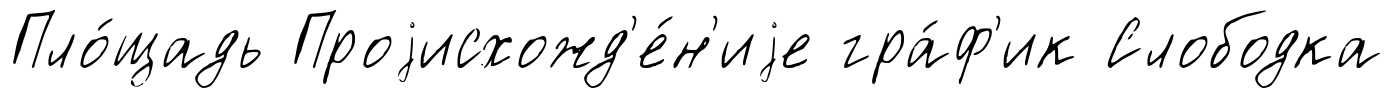
Пло́щадь Проjисхожд'е́н'иjе гра́ф'ик Слободка